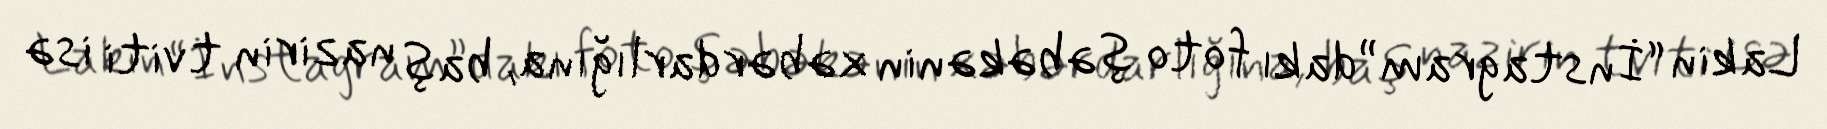
Lakin “İnstagram”dakı foto şəbəkənin xəbərdarlığına, baş nazirin tviti isə